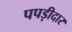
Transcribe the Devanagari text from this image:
पपड़ीदार